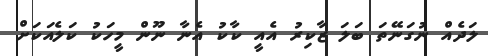
ލަދެއް ނުގަނޭތަ ބަލަ ޒާކިރު އެއީ ކާކު އެނާ ނޫން މީހަކު ކަލެއަކަށް